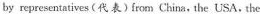
by representatives (代表)from China,the USA. the